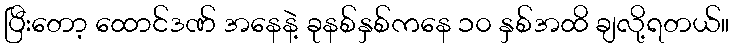
ပြီးတော့ ထောင်ဒဏ် အနေနဲ့ ခုနစ်နှစ်ကနေ ၁၀ နှစ်အထိ ချလို့ရတယ်။